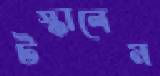
টস্‌কালেম